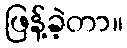
ဖြန့်ခဲ့တာ။